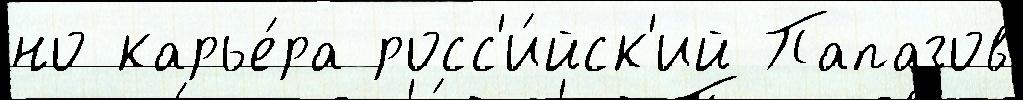
но карье́ра росс'и́йск'ий Папазов